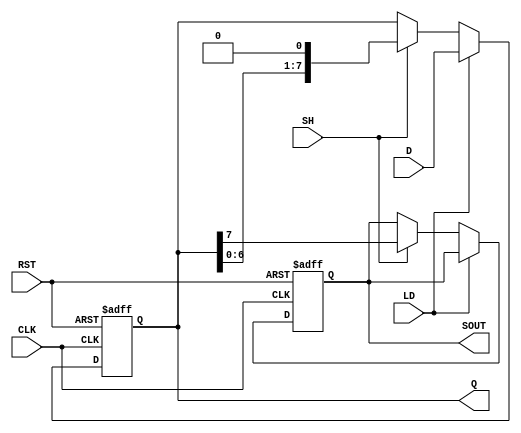
module PISO #(
    parameter SIZE = 8  // Define the size of the register
)(
    input wire [SIZE-1:0] D,  // Parallel data inputs
    input wire LD,             // Load signal
    input wire SH,             // Shift signal
    input wire CLK,            // Clock signal
    input wire RST,            // Reset signal
    output reg SOUT,           // Serial output
    output reg [SIZE-1:0] Q    // Shifted data output
);

    // Always block for synchronous operations
    always @(posedge CLK or posedge RST) begin
        if (RST) begin
            // Asynchronous reset
            Q <= {SIZE{1'b0}};  // Clear register to 0
            SOUT <= 1'b0;       // Clear serial output
        end else begin
            if (LD) begin
                // Load parallel data into the register
                Q <= D;
            end else if (SH) begin
                // Shift operation
                SOUT <= Q[SIZE-1];  // Output the most significant bit
                Q <= {Q[SIZE-2:0], 1'b0}; // Shift left and fill with 0
            end
        end
    end

endmodule